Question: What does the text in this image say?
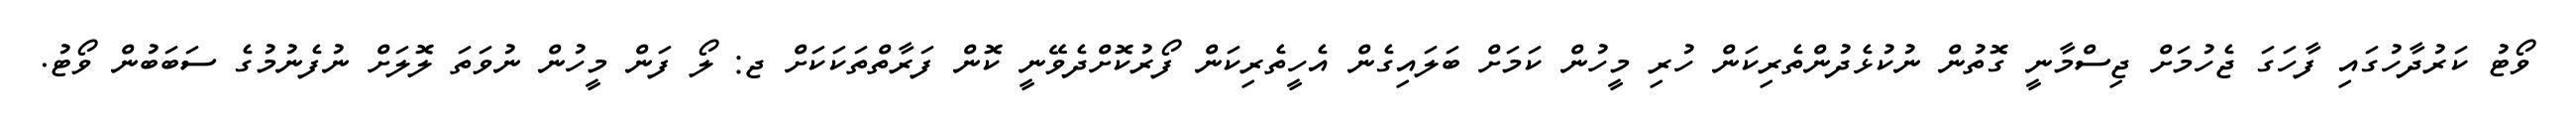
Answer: ވޯޓު ކަރުދާހުގައި ފާހަގަ ޖެހުމަށް ޖިސްމާނީ ގޮތުން ނުކުޅެދުންތެރިކަން ހުރި މީހުން ކަމަށް ބަލައިގެން އެހީތެރިކަން ފޯރުކޮށްދެވޭނީ ކޮން ފަރާތްތަކަކަށް ޖ: ލޯ ފަން މީހުން ނުވަތަ ލޮލަށް ނުފެނުމުގެ ސަބަބުން ވޯޓު.